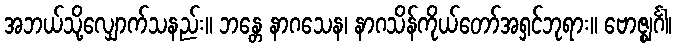
အဘယ်သို့လျှောက်သနည်း။ ဘန္တေ နာဂသေန၊ နာဂသိန်ကိုယ်တော်အရှင်ဘုရား။ ဗောဇ္ဈင်္ဂါ၊